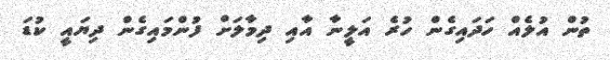
ތުން އުލެއް ހަދައިގެން ހުރެ އަލީނާ އާއި ދިމާލަށް ފުންމައިގެން ދިޔައީ ކުޑަ